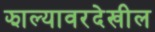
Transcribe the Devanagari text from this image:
झाल्यावरदेखील